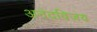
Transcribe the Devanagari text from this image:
अनंदविजय